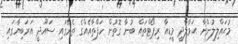
މުޙައްލިލުންނާ ޙަވާލާދީ މީޑިއާ ރިޕޯޓްތައް ބުނާ ގޮތުން ހަފްތާއެއްގެ ތެރޭގައި ސައޫދީ އަރަބިޔާގައި